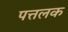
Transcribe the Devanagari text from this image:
पत्तलक